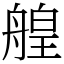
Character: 艎